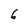
Character: 6